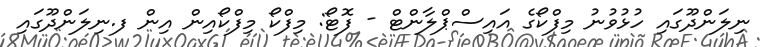
ނިލަންދޫގައި ހުޅުވުނު މިފްކޯގެ އައިސްޕްލާންޓް - ފޮޓޯ: މިފްކޯ މިފްކޯއިން އިން ފ.ނިލަންދޫގައި